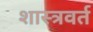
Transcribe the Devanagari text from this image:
शास्त्रवर्त